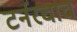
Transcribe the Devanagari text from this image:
टर्नरचाच